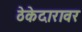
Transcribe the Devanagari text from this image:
ठेकेदारावर